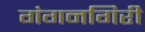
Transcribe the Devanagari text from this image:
गंगनगिरी